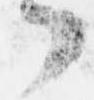
了